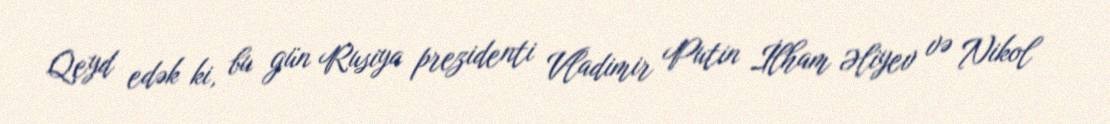
Qeyd edək ki, bu gün Rusiya prezidenti Vladimir Putin İlham Əliyev və Nikol